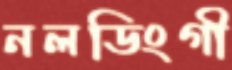
নলডিংগী